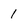
Character: 1